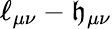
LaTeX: \ell_{\mu\nu}-\mathfrak{h}_{\mu\nu}